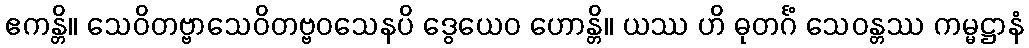
ဧကန္တိ။ သေဝိတဗ္ဗာသေဝိတဗ္ဗဝသေနပိ ဒွေယေဝ ဟောန္တိ။ ယဿ ဟိ ဓုတင်္ဂံ သေဝန္တဿ ကမ္မဋ္ဌာနံ